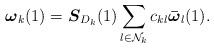
LaTeX: \begin{align*}\boldsymbol{\omega}_k(1)=\boldsymbol S_{D_k}(1)\sum_{l\in\mathcal{N}_k}c_{kl}\boldsymbol{\bar{\omega}}_l(1). \end{align*}